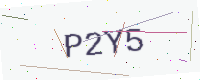
Text: P2Y5